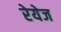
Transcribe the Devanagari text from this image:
रेयेज